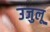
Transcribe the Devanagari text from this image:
उजुलू